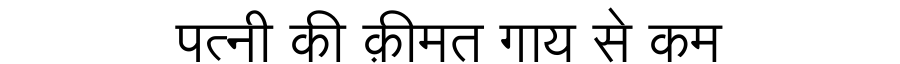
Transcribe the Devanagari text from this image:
पत्नी की क़ीमत गाय से कम